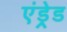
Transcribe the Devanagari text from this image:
एंड्रेड